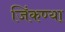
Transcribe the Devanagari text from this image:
जिंकण्या